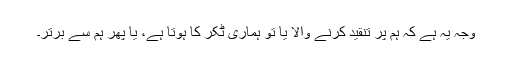
وجہ یہ ہے کہ ہم پر تنقید کرنے والا یا تو ہماری ٹکر کا ہوتا ہے، یا پھر ہم سے برتر۔